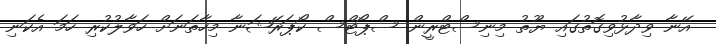
އޭނާ ވިދާޅުވިގޮތުގައި ޔޫތު މިނިސްޓްރީން ސްޕޯޓްސް ކޯޕަރޭޝަނާ މިހާތަނަށް ހަވާލުކުރި ހަމަ އެކަނި